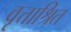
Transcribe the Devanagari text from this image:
वृत्ताश्रित